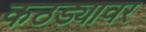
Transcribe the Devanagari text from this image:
कठड्यावर